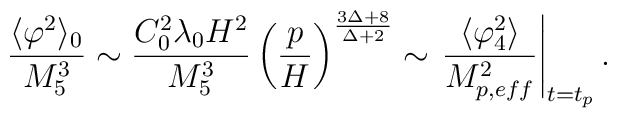
\frac{ \langle   \varphi^2 \rangle_0}{M_5^3} \sim \frac{C_0^2 \lambda_0 H^2}{M_5^3}\left( \frac{p}{H} \right)^{\frac{3 \Delta+8}{\Delta+2}}\sim \left. \frac{\langle \varphi_4^2  \rangle}{M_{p,eff}^2} \right \vert_{t=t_p} .